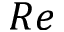
R e